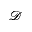
\mathcal { D }